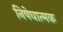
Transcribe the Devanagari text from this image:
निषेघात्मक